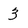
Character: 3